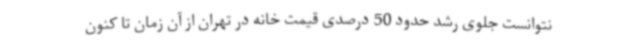
نتوانست جلوی رشد حدود 50 درصدی قیمت خانه در تهران از آن زمان تا کنون